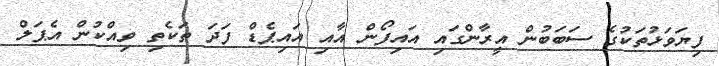
ފިޔަވަޅުތަކުގެ ސަބަބުން އީރާންގައި އައިފޯން އާއި އައިޕެޑް ފަދަ ތަކެތި ވިއްކުން އެޕަލް